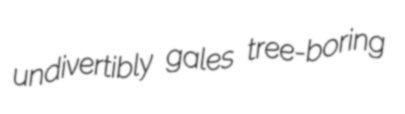
undivertibly gales tree-boring